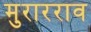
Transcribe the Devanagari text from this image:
मुरारराव